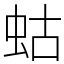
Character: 蛄